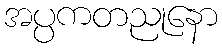
အပ္ပကတညုနော